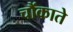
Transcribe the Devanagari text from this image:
चौंकाते